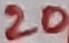
Text: 20